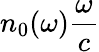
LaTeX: n_{0}(\omega)\frac{\omega}{c}